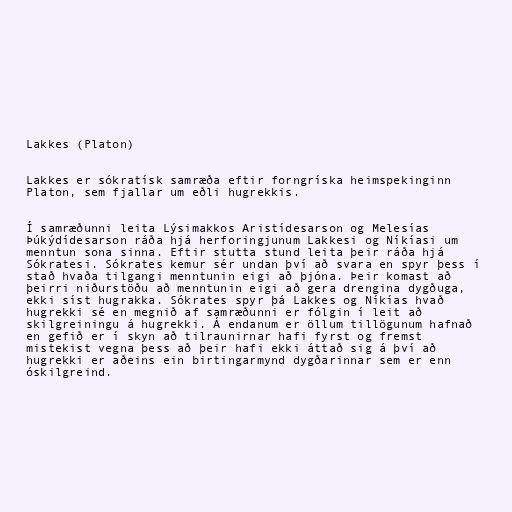
Lakkes (Platon)

Lakkes er sókratísk samræða eftir forngríska heimspekinginn
Platon, sem fjallar um eðli hugrekkis.

Í samræðunni leita Lýsimakkos Aristídesarson og Melesías
Þúkýdídesarson ráða hjá herforingjunum Lakkesi og Níkíasi um
menntun sona sinna. Eftir stutta stund leita þeir ráða hjá
Sókratesi. Sókrates kemur sér undan því að svara en spyr þess í
stað hvaða tilgangi menntunin eigi að þjóna. Þeir komast að
þeirri niðurstöðu að menntunin eigi að gera drengina dygðuga,
ekki síst hugrakka. Sókrates spyr þá Lakkes og Níkías hvað
hugrekki sé en megnið af samræðunni er fólgin í leit að
skilgreiningu á hugrekki. Á endanum er öllum tillögunum hafnað
en gefið er í skyn að tilraunirnar hafi fyrst og fremst
mistekist vegna þess að þeir hafi ekki áttað sig á því að
hugrekki er aðeins ein birtingarmynd dygðarinnar sem er enn
óskilgreind.